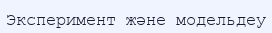
Эксперимент және модельдеу